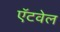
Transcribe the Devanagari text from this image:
ऍटवेल